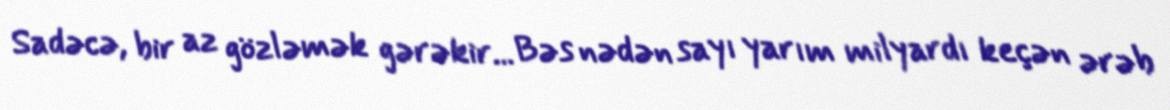
Sadəcə, bir az gözləmək gərəkir... Bəs nədən sayı yarım milyardı keçən ərəb